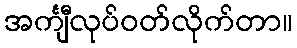
အင်္ကျီလုပ်ဝတ်လိုက်တာ။